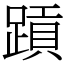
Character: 𬧄